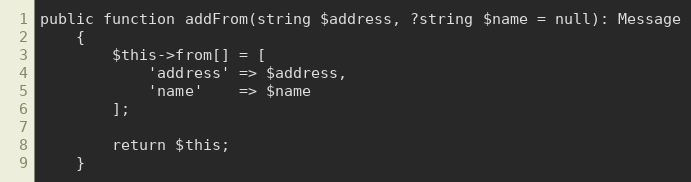
Language: PHP
public function addFrom(string $address, ?string $name = null): Message
    {
        $this->from[] = [
            'address' => $address,
            'name'    => $name
        ];

        return $this;
    }